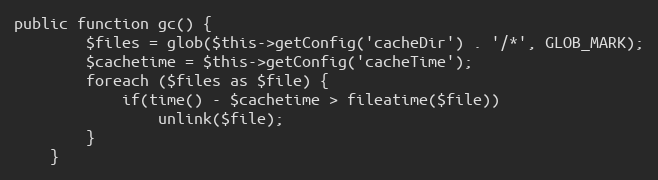
Language: PHP
public function gc() {
        $files = glob($this->getConfig('cacheDir') . '/*', GLOB_MARK);
        $cachetime = $this->getConfig('cacheTime');
        foreach ($files as $file) {
            if(time() - $cachetime > fileatime($file))
                unlink($file);
        }
    }